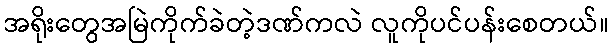
အရိုးတွေအမြဲကိုက်ခဲတဲ့ဒဏ်ကလဲ လူကိုပင်ပန်းစေတယ်။